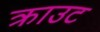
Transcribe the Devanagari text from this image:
क्राउट